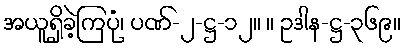
အယူရှိခဲ့ကြပုံ၊ ပဏ်-၂-ဋ္ဌ-၁၂။ ။ ဥဒါန-ဋ္ဌ-၃၆၉။